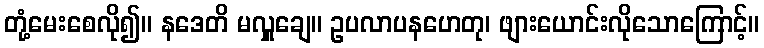
တုံ့မေးစေလို၍။ နဒေတိ မလှူချေ။ ဥပလာပနဟေတု၊ ဖျားယောင်းလိုသောကြောင့်။